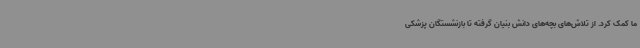
ما کمک کرد. از تلاش‌های بچه‌های دانش بنیان گرفته تا بازنشستگان پزشکی